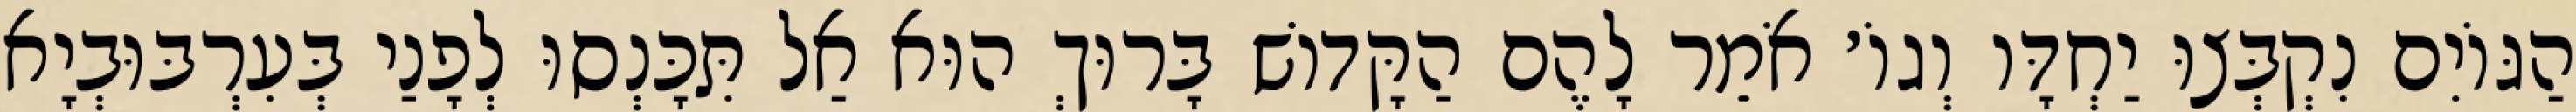
הַגּוֹיִם נִקְבְּצוּ יַחְדָּו וְגוֹ׳ אֹמֵר לָהֶם הַקָּדוֹשׁ בָּרוּךְ הוּא אַל תִּכָּנְסוּ לְפָנַי בְּעִרְבּוּבְיָא